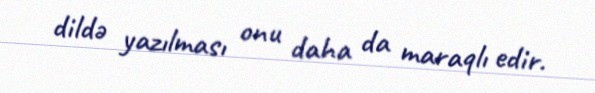
dildə yazılması onu daha da maraqlı edir.